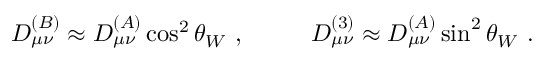
D _ { \mu \nu } ^ { ( B ) } \approx D _ { \mu \nu } ^ { ( A ) } \cos ^ { 2 } \theta _ { W } ~ , ~ ~ ~ ~ ~ ~ ~ ~ D _ { \mu \nu } ^ { ( 3 ) } \approx D _ { \mu \nu } ^ { ( A ) } \sin ^ { 2 } \theta _ { W } ~ .